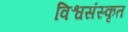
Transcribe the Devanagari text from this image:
विश्वसंस्कृत